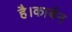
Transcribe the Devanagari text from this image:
है।कार्बन